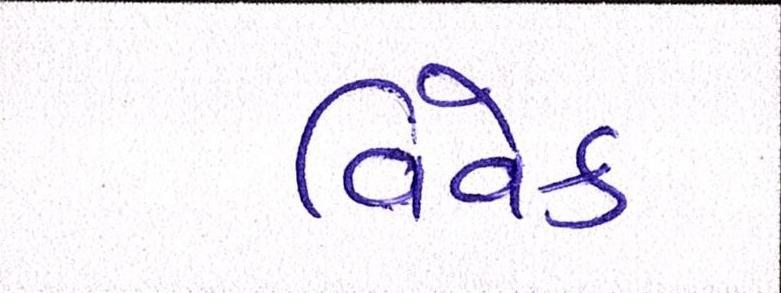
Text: વિવેક